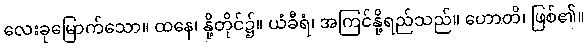
လေးခုမြောက်သော။ ထနေ၊ နို့တိုင်၌။ ယံခီရံ၊ အကြင်နို့ရည်သည်။ ဟောတိ၊ ဖြစ်၏။